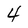
Character: 4